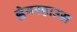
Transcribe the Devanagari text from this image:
ह्वेयरहाउस